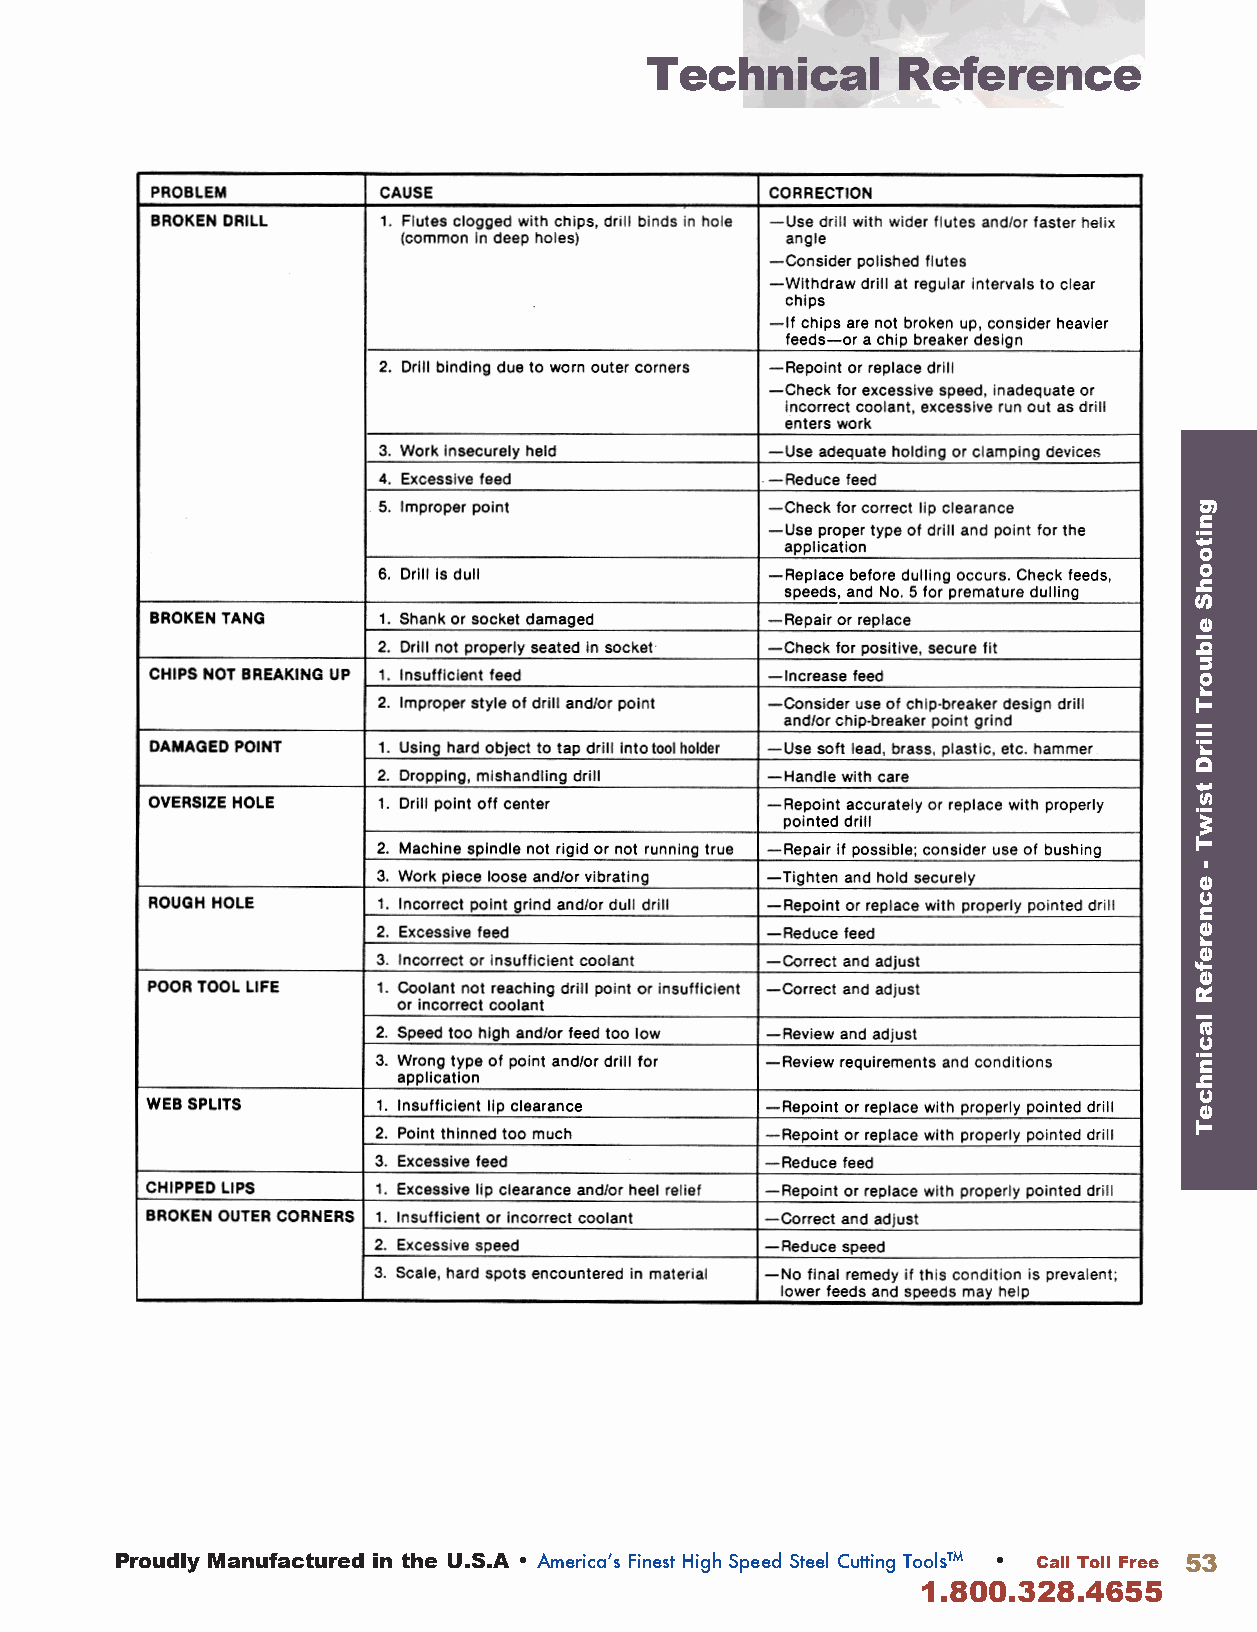
Technical       Reference
 Proudly Manufactured in the U .S .A • America’s Finest High Speed Steel Cutting Tools™ • Call Toll Free 53
 1 .800 .328 .4655
 gnitoohS
 elbuorT
 llirD
 tsiwT
 -
 ecnerefeR
 lacinhceT